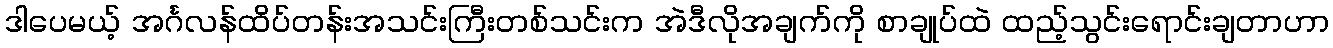
ဒါပေမယ့် အင်္ဂလန်ထိပ်တန်းအသင်းကြီးတစ်သင်းက အဲဒီလိုအချက်ကို စာချုပ်ထဲ ထည့်သွင်းရောင်းချတာဟာ